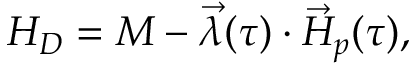
H _ { D } = M - \vec { \lambda } ( \tau ) \cdot \vec { { \cal H } } _ { p } ( \tau ) ,